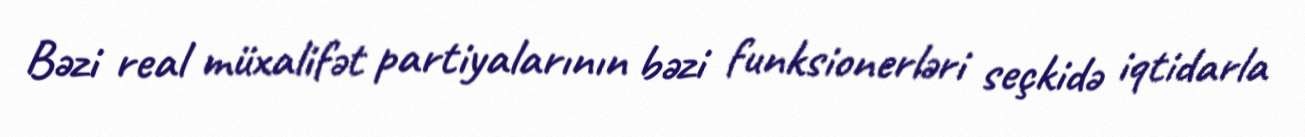
Bəzi real müxalifət partiyalarının bəzi funksionerləri seçkidə iqtidarla